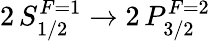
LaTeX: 2\, S_{1/2}^{F=1}\rightarrow 2\, P_{3/2}^{F=2}